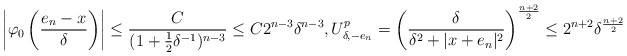
\begin{align*}\left|\varphi_0\left(\frac{e_n-x}{\delta}\right)\right|&\leq \frac{C}{(1+\frac{1}{2}\delta^{-1})^{n-3}}\leq C2^{n-3}\delta^{n-3},U_{\delta,-e_n}^p= \left(\frac{\delta}{\delta^2+|x+e_n|^2}\right)^\frac{n+2}{2}\leq 2^{n+2} \delta^\frac{n+2}{2}\end{align*}